Civil Veterinary Department Bengal reports 1923-33 - 1923-1933
Year: 1923
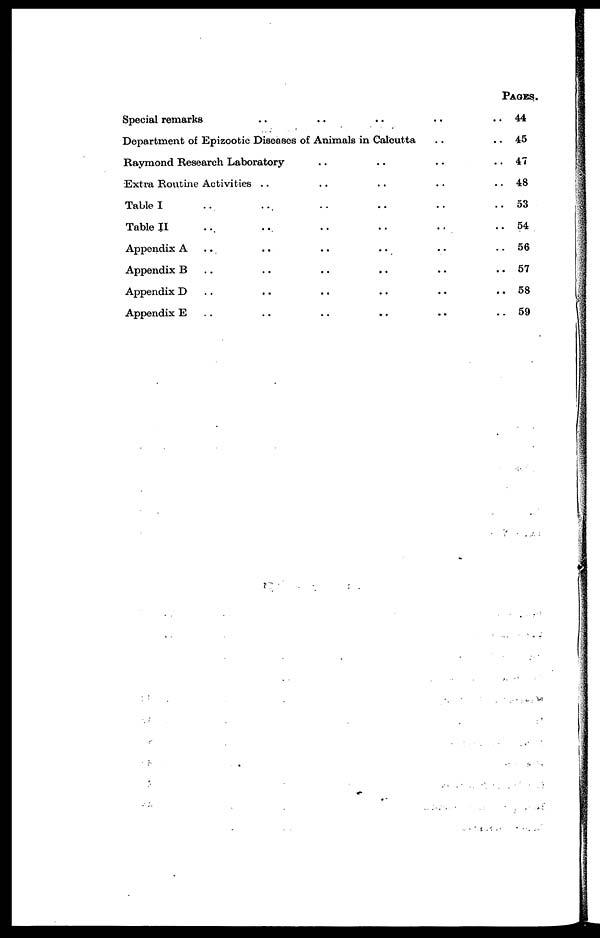
Special remarks .. .. .. .. ..
Department of Epizootic Diseases of Animals in Calcutta .. ..
Raymond Research Laboratory .. .. .. ..
Extra Routine Activities .. .. .. .. ..
Table I .. .. .. .. ..
Table II .. .. .. .. ..
Appendix A .. .. .. .. ..
Appendix B .. .. .. .. .. .. .. ..
Appendix D .. .. .. .. ..
Appendix E .. .. .. .. .. .. .. ..
PAGES.
44
45
47
48
53
54
56
57
58
59